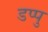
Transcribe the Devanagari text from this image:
डप्पु